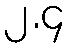
၂.၄